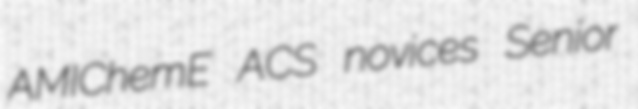
AMIChemE ACS novices Senior